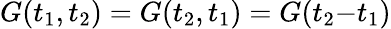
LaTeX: G(t_{1},t_{2})=G(t_{2},t_{1})=G(t_{2}{-}t_{1})